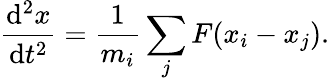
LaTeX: \frac{\mathrm{d}^{2}x}{\mathrm{d}t^{2}}=\frac{1}{m_{i}}\sum_{j}F(x_{i}-x_{j}).